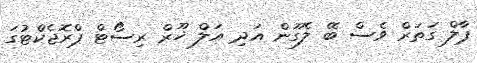
ޕާލް ގަތަރް ވެސް ބޭ ލެގޫން އަދި އަލް ޚޫރް ރިސޯޓް ޕްރޮޖެކްޓުގަ